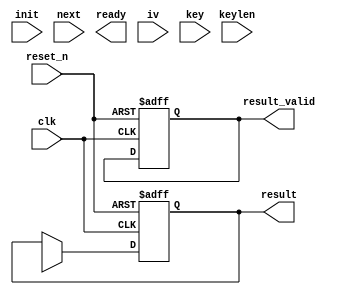
module hc_core (
                input wire           clk,
                input wire           reset_n,

                input wire           init,
                input wire           next,
                output wire          ready,

                input wire [255 : 0] iv,
                input wire [255 : 0] key,
                input wire           keylen,

                output wire [31 : 0] result,
                output wire          result_valid
               );


  //----------------------------------------------------------------
  // Internal constant and parameter definitions.
  //----------------------------------------------------------------
  localparam CTRL_IDLE = 3'h0;


  //----------------------------------------------------------------
  // Internal functions.
  //----------------------------------------------------------------
  function [31 : 0] f1 (input [31 : 0] x);
    begin
      f1 = {x[6 : 0], x[31 : 7]} ^ {x[17 : 0], x[31 : 18]} ^ {x[2 : 0], x[31 : 3]};
    end
  endfunction // f1

  function [31 : 0] f2 (input [31 : 0] x);
    begin
      f2 = {x[16 : 0], x[31 : 17]} ^ {x[18 : 0], x[31 : 19]} ^ {x[9 : 0], x[31 : 10]};
    end
  endfunction // f2


  //----------------------------------------------------------------
  // Registers
  //----------------------------------------------------------------
  reg [31 : 0] P [0 : 511];
  reg [31 : 0] P_new;
  reg  [8 : 0] P_addr;
  reg          P_we;

  reg [31 : 0] Q [0 : 511];
  reg [31 : 0] Q_new;
  reg  [8 : 0] Q_addr;
  reg          Q_we;

  reg [31 : 0] s_reg;
  reg [31 : 0] s_new;
  reg          s_we;
  reg          update_s;

  reg          s_valid_reg;
  reg          s_valid_new;
  reg          s_valid_we;

  reg [9 : 0]  i_ctr_reg;
  reg [9 : 0]  i_ctr_new;
  reg          i_ctr_inc;
  reg          i_ctr_rst;
  reg          i_ctr_we;

  reg [2 : 0]  hc_core_ctrl_reg;
  reg [2 : 0]  hc_core_ctrl_new;
  reg          hc_core_ctrl_we;


  //----------------------------------------------------------------
  // Wires.
  //----------------------------------------------------------------
  reg update_state;
  reg init_mode;


  //----------------------------------------------------------------
  // Asssignmengts to ports.
  //----------------------------------------------------------------
  assign result       = s_reg;
  assign result_valid = s_valid_reg;


  //----------------------------------------------------------------
  // reg_update
  //
  // Update functionality for all registers in the core.
  // All registers are positive edge triggered with asynchronous
  // active low reset.
  //----------------------------------------------------------------
  always @ (posedge clk or negedge reset_n)
    begin : reg_update
      if (!reset_n)
        begin
          i_ctr_reg   <= 10'h0;
          s_reg       <= 32'h0;
          s_valid_reg <= 0;
        end
      else
        begin
          if (i_ctr_we)
            i_ctr_reg <= i_ctr_new;

          if (P_we)
            P[P_addr] <= P_new;

          if (Q_we)
            Q[Q_addr] <= Q_new;

          if (s_we)
            s_reg <= s_new;

          if (s_valid_we)
            s_valid_reg <= s_valid_new;
        end
    end


  //----------------------------------------------------------------
  // state_update
  //
  // Logic for updating the state tables P and Q.
  //----------------------------------------------------------------
  always @*
    begin : state_update
//      reg  [8 : 0] j_000;
//      reg  [8 : 0] j_003;
//      reg  [8 : 0] j_010;
//      reg  [8 : 0] j_511;
//
//      reg [31 : 0] P_000;
//      reg [31 : 0] P_002;
//      reg [31 : 0] P_010;
//      reg [31 : 0] P_511;
//
//      reg [31 : 0] Q_000;
//      reg [31 : 0] Q_002;
//      reg [31 : 0] Q_010;
//      reg [31 : 0] Q_511;
//
//      // TODO: These indices are quite probably wrong. Fix.
//      j_000 = i_reg[8 : 0];
//      j_003 = i_reg[8 : 0] - 3;
//      j_010 = i_reg[8 : 0] - 10;
//      j_511 = i_reg[8 : 0] - 511;
//
//      P_addr = i_reg[8 : 0];
//      Q_addr = i_reg[8 : 0];
//
//      P_000 = P[j_000];
//      P_003 = P[j_003];
//      P_010 = P[j_010];
//      P_511 = P[j_511];
//
//      Q_000 = Q[j_000];
//      Q_003 = Q[j_003];
//      Q_010 = Q[j_010];
//      Q_511 = Q[j_511];
//
//      P_new = P_000 + g1(P_003, P_010, P_511);
//      Q_new = Q_000 + g2(Q_003, Q_010, Q_511);
//
//      if (update)
//        begin
//          if (init_mode)
//            begin
//              // Init update.
//            end
//          else
//            begin
//              // Normal update.
//              Q_we = i_ctr_reg[9];
//              P_we = ~i_ctr_reg[9];
//            end
//        end
    end // block: state_update


  //----------------------------------------------------------------
  // s_generate
  //
  // The keystream word s generation logic.
  //----------------------------------------------------------------
  always @*
    begin : s_generate
      reg  [8 : 0] j_000;
      reg  [8 : 0] j_012;

      reg [31 : 0] P_000;
      reg [31 : 0] P_012;

      reg [31 : 0] Q_000;
      reg [31 : 0] Q_012;

      // TODO: These indices are quite probably wrong. Fix.
//      j_000 = i_reg[8 : 0];
//      j_010 = i_reg[8 : 0] - 12;
//
//      P_000 = P[j_000];
//      P_511 = P[j_511];
//
//      Q_000 = Q[j_000];
//      Q_012 = Q[j_012];
//
//      P_new = P_000 + g1(P_003, P_010, P_511);
//      Q_new = Q_000 + g2(Q_003, Q_010, Q_511);
//
//      s_we = 1'b0;
//
//      if (update_s)
//        begin
//          s_we = 1'b1;
//
//          if (i_ctr_reg[9])
//            s_new = h2(Q_012) ^ Q_000;
//          else
//            s_new = h1(P_012) ^ P_000;
//        end
    end


  //----------------------------------------------------------------
  // i_ctr
  //
  // Monotonically increasing iteration counter with reset.
  //----------------------------------------------------------------
  always @*
    begin : i_ctr
      i_ctr_new = 10'h0;
      i_ctr_we  = 0;

      if (i_ctr_rst)
          i_ctr_we  = 1;

      if (i_ctr_inc)
        begin
          i_ctr_new = i_ctr_reg + 1'b1;
          i_ctr_we  = 1;
        end
    end


  //----------------------------------------------------------------
  // hc_ctrl
  //
  // Control FSM for the core.
  //----------------------------------------------------------------
  always @*
    begin : hc_ctrl
      update_s         = 0;
      update_state     = 0;
      init_mode        = 0;
      i_ctr_rst        = 0;
      i_ctr_inc        = 0;
      s_valid_new      = 0;
      s_valid_we       = 0;
      hc_core_ctrl_new = CTRL_IDLE;
      hc_core_ctrl_we  = 0;

      case (hc_core_ctrl_reg)
        CTRL_IDLE:
          begin
          end

        default:
          begin
          end
      endcase // case (hc_core_ctrl_reg)

    end

endmodule